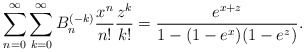
\begin{gather*} \sum_{n=0}^{\infty} \sum_{k=0}^{\infty} B_n^{(-k)} {{x^n \over n !}}{{z^k \over k !}} ={e^{x+z} \over {1-(1-e^x)(1-e^z)}}.\end{gather*}